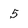
Character: 5